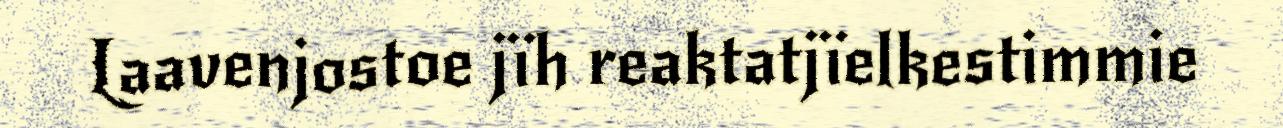
Laavenjostoe jïh reaktatjïelkestimmie